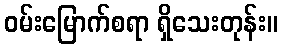
ဝမ်းမြောက်စရာ ရှိသေးတုန်း။